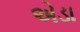
એડા